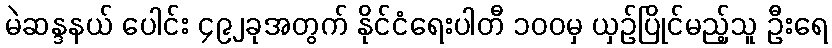
မဲဆန္ဒနယ် ပေါင်း ၄၉၂ခုအတွက် နိုင်ငံရေးပါတီ ၁၀၀မှ ယှဉ်ပြိုင်မည့်သူ ဦးရေ